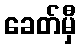
ခေတ်မှီ